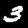
Label: 3